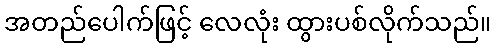
အတည်ပေါက်ဖြင့် လေလုံး ထွားပစ်လိုက်သည်။